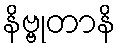
နိဗ္ဗုတာနိ